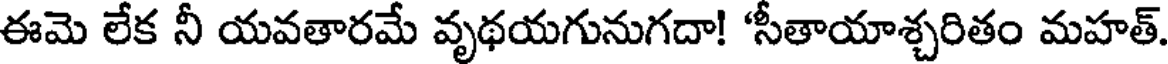
ఈమె లేక నీ యవతారమే వృథయగునుగదా! 'సీతాయాశ్చరితం మహత్